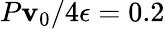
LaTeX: P\mathbf{v}_{0}/4\epsilon=0.2